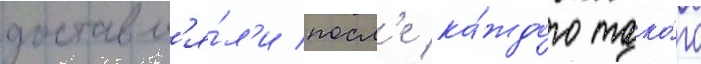
доставл'я́л'и посл'е ка́ждого тако́го